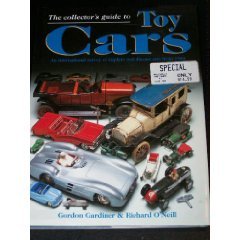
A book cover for The Collector's Guide to Toy Cars: An International Survey of Tinplate and Diecast Cars from 1990; Gordon Gardiner; Crafts, Hobbies & Home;